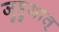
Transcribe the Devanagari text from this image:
जुहुयात्‌